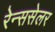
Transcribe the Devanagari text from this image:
रेन्ससेलर